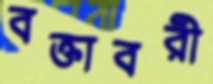
বক্তাবরী